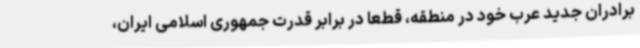
برادران جدید عرب خود در منطقه، قطعا در برابر قدرت جمهوری اسلامی ایران،